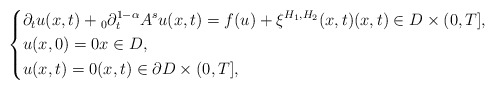
\begin{align*}\left\{\begin{aligned}&\partial_{t}u(x,t)+{}_{0}\partial_{t}^{1-\alpha}A^{s} u(x,t)=f(u)+\xi^{H_{1},H_{2}}(x,t)(x,t)\in{D}\times (0,T],\\&u(x,0)=0x\in{D},\\&u(x,t)=0(x,t)\in\partial{D}\times (0,T],\end{aligned}\right.\end{align*}